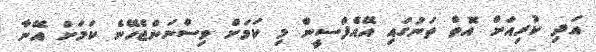
އަދި ކުރިއަށް އޮތް ތަނުގައި އޭއެފްސީން މި ކަމަށް ވިސްނަންޖެހޭނެ ކަމަށް އޭނާ